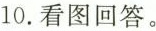
10.看图回答。